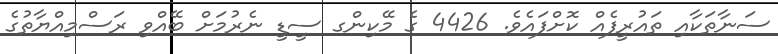
ސަނާތަކާއި ތައުރީފެއް ކޮށްފައެވެ. 4426 ގެ މޭކިންގ ސީޑީ ނެރުމަށް ބޭއްވި ރަސްމިއްޔާތުގެ